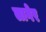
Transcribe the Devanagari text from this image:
लागेर